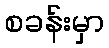
စခန်းမှာ